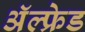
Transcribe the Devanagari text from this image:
अॅल्फ्रेड